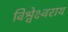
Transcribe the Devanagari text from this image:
विश्वेक्ष्वराय